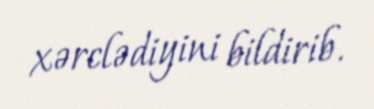
xərclədiyini bildirib.